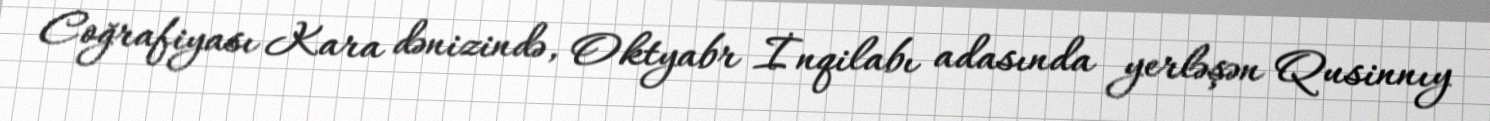
Coğrafiyası Kara dənizində, Oktyabr İnqilabı adasında yerləşən Qusinnıy